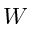
W